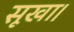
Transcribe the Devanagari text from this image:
सूखा।